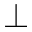
\bot